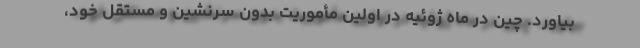
بیاورد. چین در ماه ژوئیه در اولین مأموریت بدون سرنشین و مستقل خود،